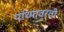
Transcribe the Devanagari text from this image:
यांच्यावरती